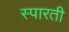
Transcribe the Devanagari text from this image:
स्पारती